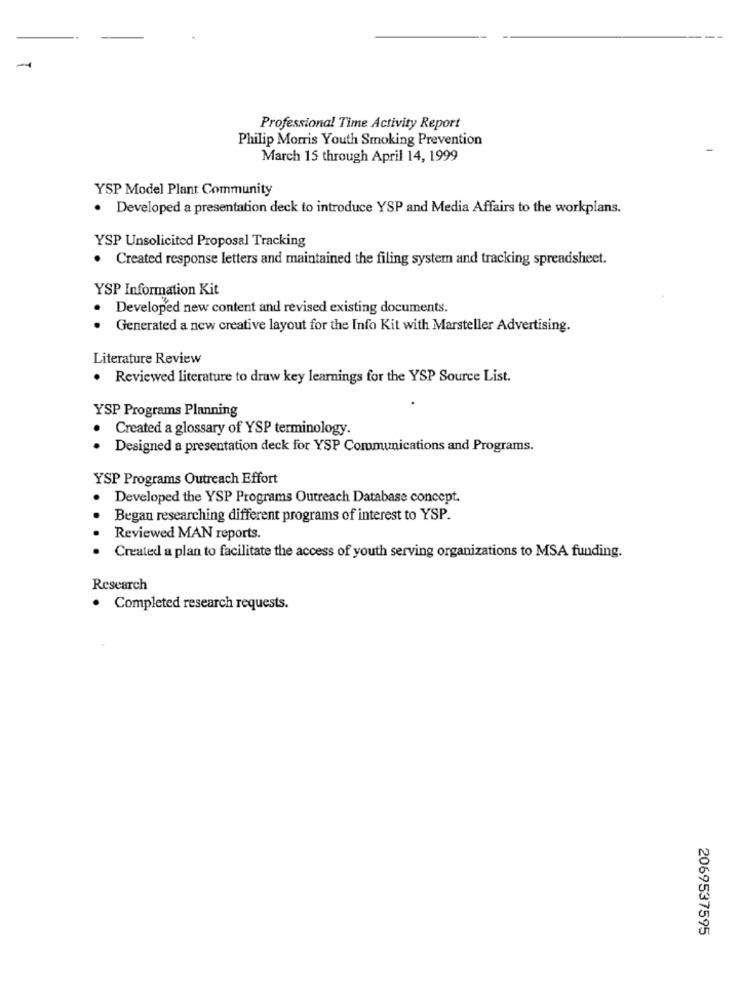
Professional Time Activity Report
Philip Morris Youth Smoking Prevention
March 15 through April 14, 1999
YSP Model Plant Community
· Developed a presentation deck to introduce YSP and Media Affairs to the workplans.
YSP Unsolicited Proposal Tracking
. Created response letters and maintained the filing system and tracking spreadsheet.
YSP Information Kit
Developed new content and revised existing documents.
Generated a new creative layout for the Info Kit with Marsteller Advertising.
Literature Review
. Reviewed literature to draw key learnings for the YSP Source List.
YSP Programs Planning
Created a glossary of YSP terminology.
· Designed a presentation deck for YSP Communications and Programs.
YSP Programs Outreach Effort
Developed the YSP Programs Outreach Database concept.
Began researching different programs of interest to YSP.
Reviewed MAN reports.
Created a plan to facilitate the access of youth serving organizations to MSA funding.
Research
· Completed research requests.
2069537595